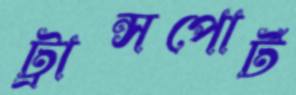
ট্রান্সপোর্ট